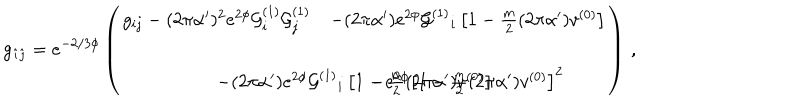
g _ { \hat { \imath } \hat { \jmath } } = e ^ { - 2 / 3 \phi } \left( \begin{array} { c c } { { g _ { i j } - ( 2 \pi \alpha ^ { \prime } ) ^ { 2 } e ^ { 2 \phi } { \cal G } _ { i } ^ { ( 1 ) } { \cal G } _ { j } ^ { ( 1 ) } } } & { { - ( 2 \pi \alpha ^ { \prime } ) e ^ { 2 \phi } { \cal G } ^ { ( 1 ) } { } _ { i } \left[ 1 - \frac { m } { 2 } ( 2 \pi \alpha ^ { \prime } ) v ^ { ( 0 ) } \right] } } \\ { { } } & { { } } \\ { { - ( 2 \pi \alpha ^ { \prime } ) e ^ { 2 \phi } { \cal G } ^ { ( 1 ) } { } _ { i } \left[ 1 - \frac { m } { 2 } ( 2 \pi \alpha ^ { \prime } ) v ^ { ( 0 ) } \right] \hspace { - . 5 c m } } } & { { - e ^ { 2 \phi } \left[ 1 - \frac { m } { 2 } ( 2 \pi \alpha ^ { \prime } ) v ^ { ( 0 ) } \right] ^ { 2 } } } \\ \end{array} \right) \, ,